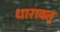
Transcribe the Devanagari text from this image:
धारावत्‌